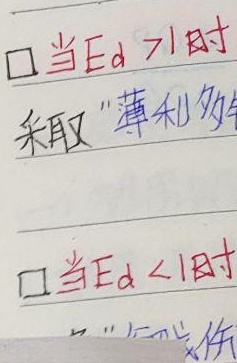
□当$E_d>1$时，采取“薄利多销”。□当$E_d < 1$时